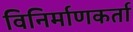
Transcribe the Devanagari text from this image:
विनिर्माणकर्ता